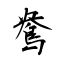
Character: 鴦